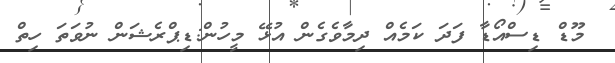
މޫޑް ޑިސްއޯޑާ ފަދަ ކަމެއް ދިމާވެގެން އުޅޭ މީހުން:ޑިޕްރެޝަން ނުވަތަ ހިތް